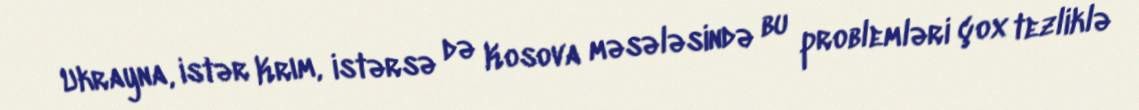
Ukrayna, istər Krım, istərsə də Kosova məsələsində bu problemləri çox tezliklə